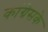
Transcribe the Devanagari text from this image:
कांग्रेसके